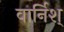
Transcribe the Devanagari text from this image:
वार्निश्